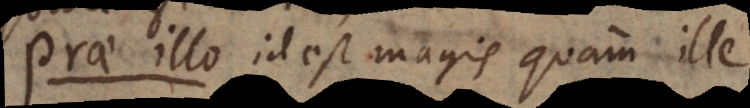
Prae illo id est magis quam ille.